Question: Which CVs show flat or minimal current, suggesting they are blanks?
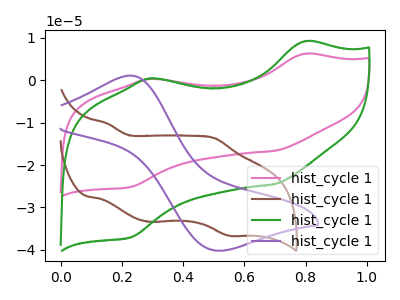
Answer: <think>The pink curve "hist_cycle 11" has anodic peaks at (0.80V, 6.20uA) (0.30V, 0.25uA) and cathodic peaks at (0.70V, -16.65uA) (0.25V, -25.15uA). The brown curve "hist_cycle 12" has anodic peaks at (0.15V, -10.25uA) (0.50V, -13.70uA) and cathodic peaks at (0.30V, -33.40uA) (0.55V, -36.65uA). The green curve "hist_cycle 13" has anodic peaks at (0.80V, 9.15uA) (0.30V, 0.40uA) and cathodic peaks at (0.70V, -24.50uA) (0.25V, -37.05uA). The purple curve "hist_cycle 14" has an anodic peak at (0.25V, 1.10uA) and a cathodic peak at (0.50V, -40.20uA).</think>
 <answer>There are not any CV's on this graph that are likely to be blanks.</answer>
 <eval>none</eval>